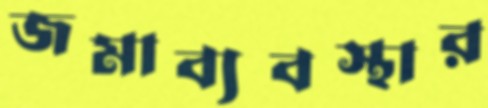
জমাব্যবস্থার